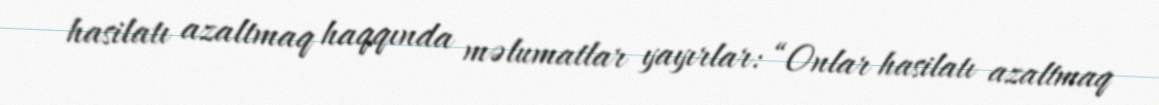
hasilatı azaltmaq haqqında məlumatlar yayırlar: “Onlar hasilatı azaltmaq